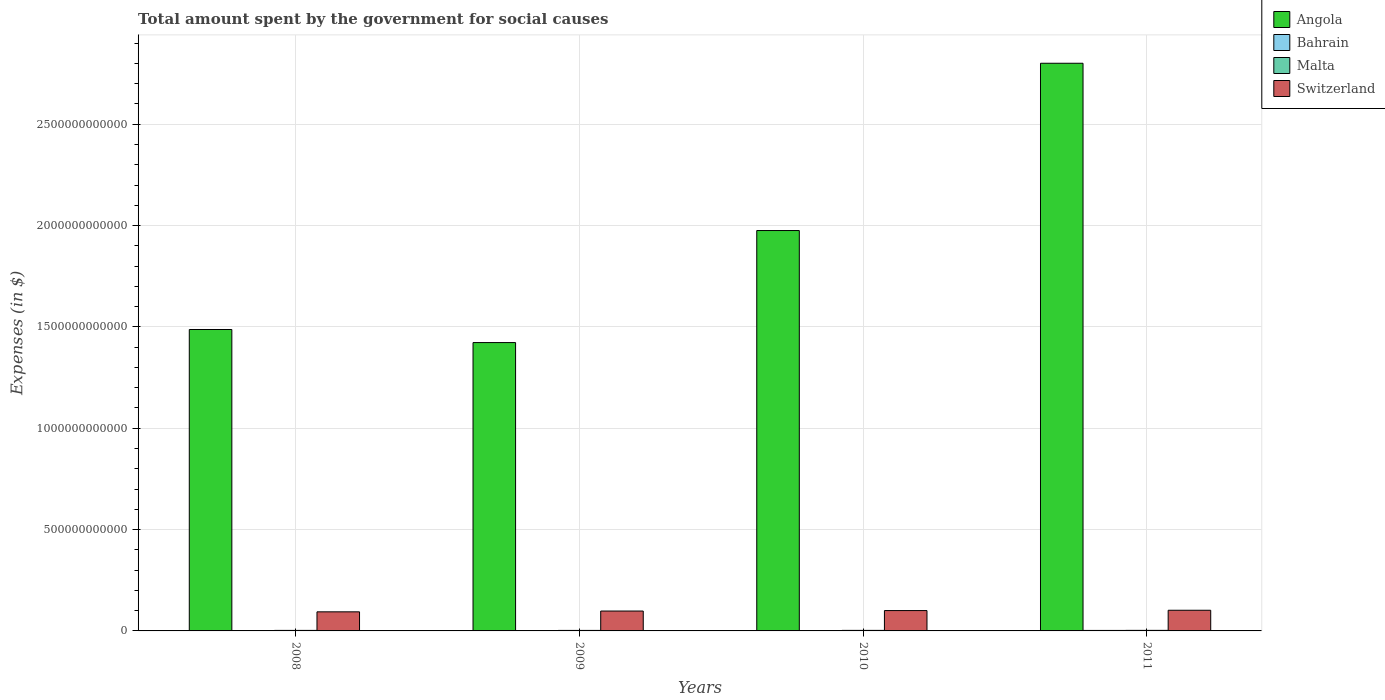
| Years | Angola | Bahrain | Malta | Switzerland |
 | --- | --- | --- | --- | --- |
 | 2008 | 1.49e+12 | 1.57e+09 | 2.54e+09 | 9.41e+10 |
 | 2009 | 1.42e+12 | 1.7e+09 | 2.53e+09 | 9.81e+10 |
 | 2010 | 1.98e+12 | 1.88e+09 | 2.66e+09 | 1e+11 |
 | 2011 | 2.8e+12 | 2.43e+09 | 2.72e+09 | 1.02e+11 |